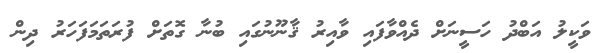
ވަކީލު އަބްދު ހަސީނަށް ދެއްވާފައި ވާއިރު ޤާނޫނުގައި ބުނާ ގޮތަށް ފުރަތަމަފަހަރު ދިން